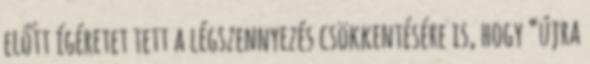
előtt ígéretet tett a légszennyezés csökkentésére is, hogy “újra